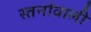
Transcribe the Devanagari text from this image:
स्तनोंवाली